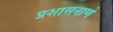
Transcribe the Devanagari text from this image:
प्रशासनाणे